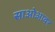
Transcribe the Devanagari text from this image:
साओआवर